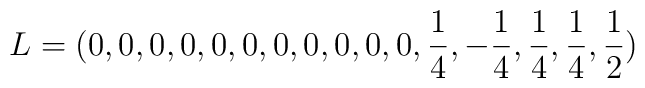
L  =  (0,0,0,0,0,0,0,0,0,0,0,{1\over 4},-{1\over {4}},{1\over 4},{1\over 4},{1\over 2})